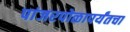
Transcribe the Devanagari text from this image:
पांजरपोळापर्यंतचा